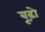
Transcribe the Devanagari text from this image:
बूढ़ो